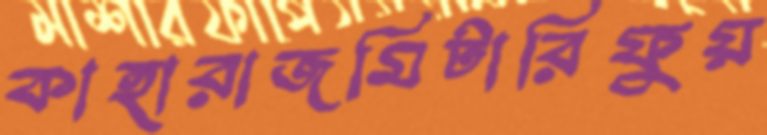
কাহারাজমিটারিফুয়